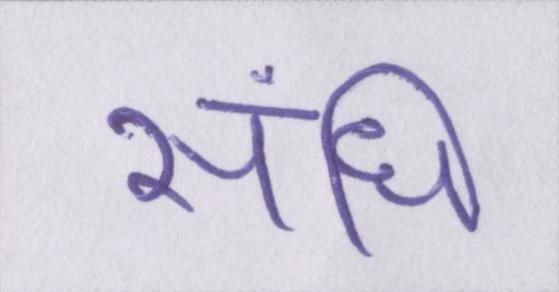
संधि